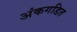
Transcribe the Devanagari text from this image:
अंकगडित